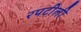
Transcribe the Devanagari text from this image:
रपटीली